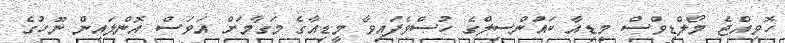
ހޮވިއްޖެ މޯލްޑިވްސް މީޑިއާ ކައުންސިލްގެ ހުސްވެފައިވާ މީޑިއާގެ މަގާމަށް އަވަސް އޮންލައިން ނޫހުގެ